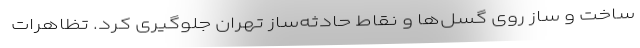
ساخت و ساز روی گسل‌ها و نقاط حادثه‌ساز تهران جلوگیری کرد. تظاهرات